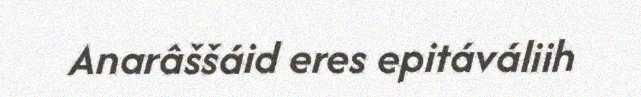
Anarâššáid eres epitáváliih